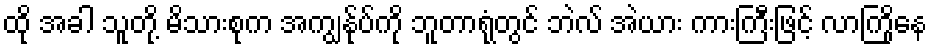
ထို အခါ သူတို့ မိသားစုက အကျွန်ုပ်ကို ဘူတာရုံတွင် ဘဲလ် အဲယား ကားကြီးဖြင့် လာကြိုနေ